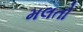
મલતો